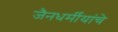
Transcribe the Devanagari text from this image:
जैनधर्मीयांचे